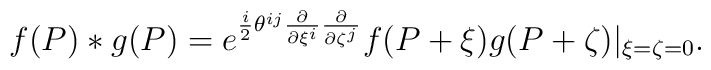
f(P)*g(P)=e^{\frac{i}{2}\theta^{ij}\frac{\partial}{\partial\xi^i}\frac{\partial}{\partial\zeta^j}}f(P+\xi )g(P+\zeta )|_{\xi =\zeta =0}.